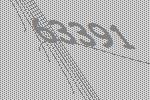
63391